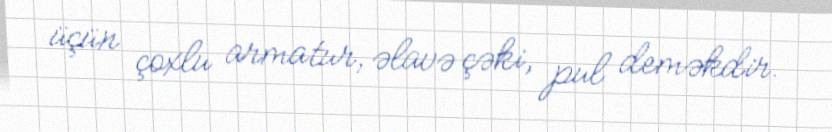
üçün çoxlu armatur, əlavə çəki, pul deməkdir.